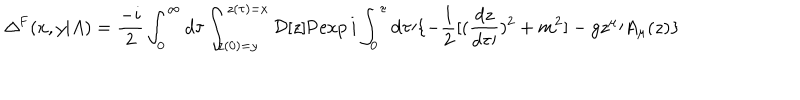
LaTeX: \Delta ^ { \mathrm { F } } ( x , y \vert A ) = { \frac { - i } { 2 } } \int _ { 0 } ^ { \infty } d \tau \int _ { z ( 0 ) = y } ^ { z ( \tau ) = x } { \cal D } [ z ] \mathrm { P } \mathrm { e x p } \, i \int _ { 0 } ^ { \tau } \mathrm { d } \tau \prime \{ - { \frac { 1 } { 2 } } [ ( { \frac { d z } { d \tau \prime } } ) ^ { 2 } + m ^ { 2 } ] - g z ^ { \mu } \prime A _ { \mu } ( z ) \}